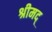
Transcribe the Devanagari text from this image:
श्रीमद्‌